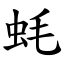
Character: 蚝